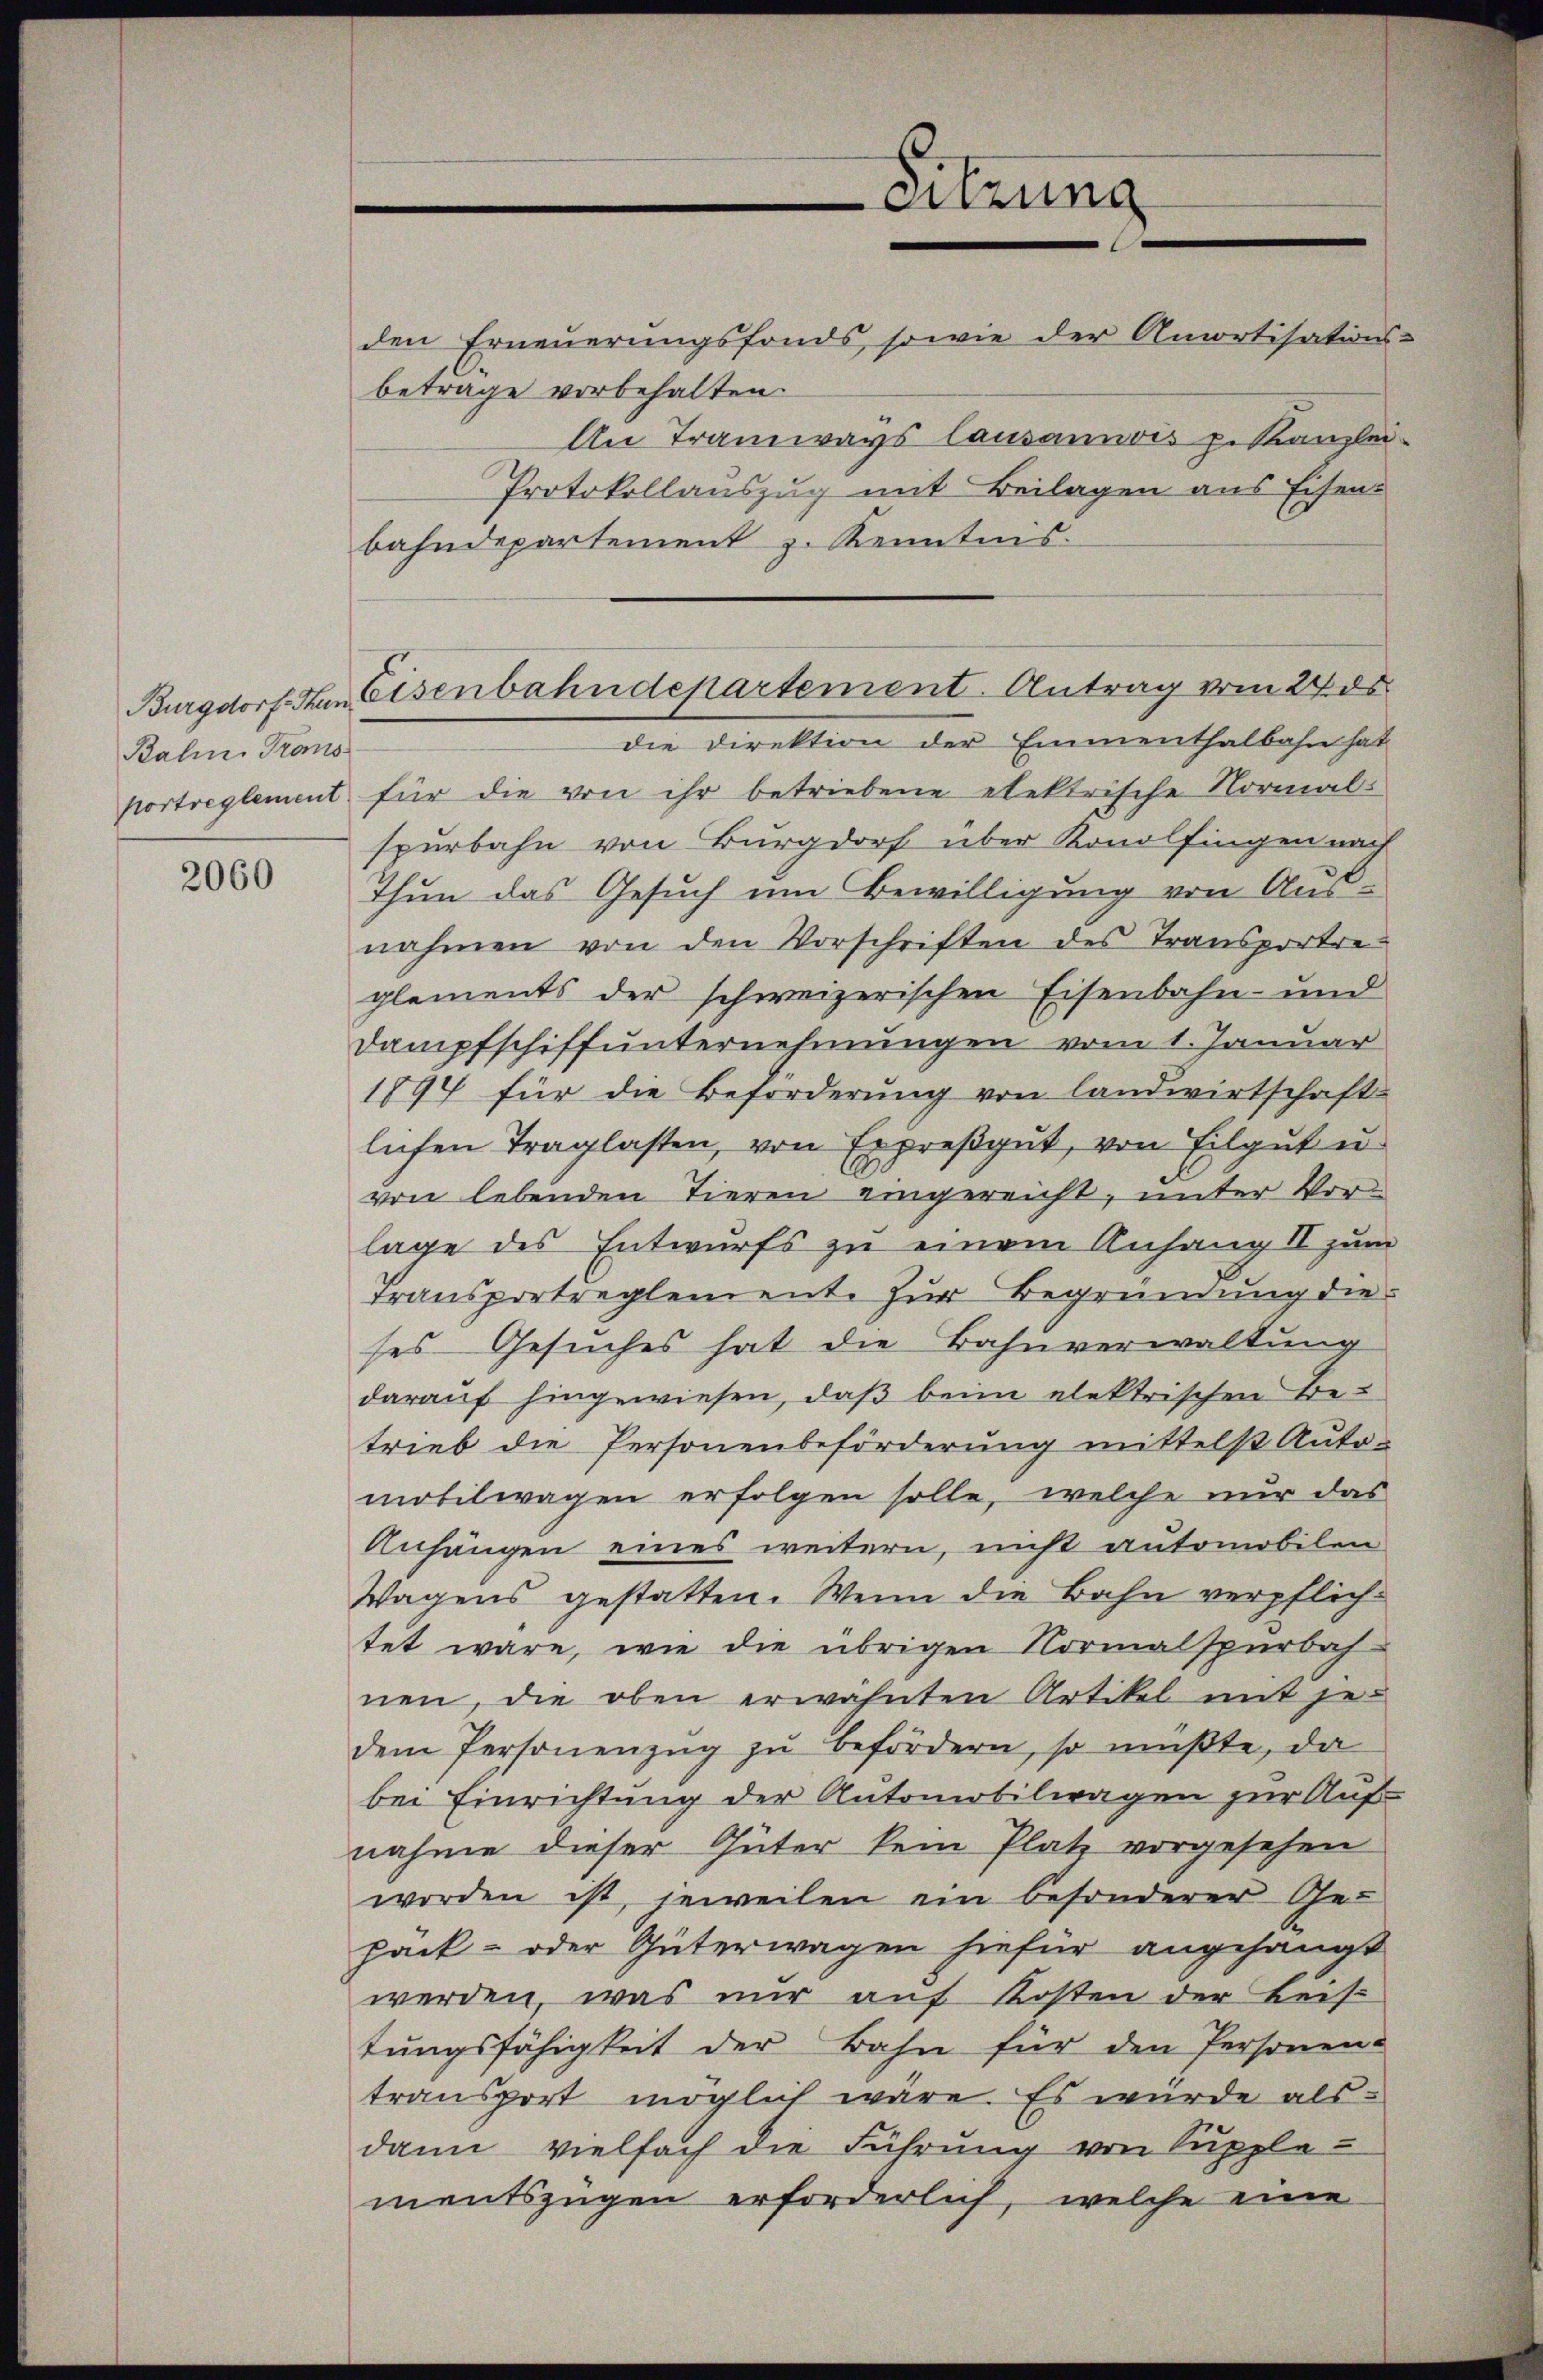
Balin Tros

2060

den Erneuerungsfonds, sowie der Amortisations-
betrage vorbehalten.
An Tramways Causannois p. Kanzlei
Protokollauszug mit Beilagen aus Eisenbahndepartement z. Kenntnis.
die Direktion der Emmenthalbahn hat
portreglement für die von ihr betriebene elektrische Normal-
spurbahn von Burgdorf über Konolfingen nach
Thun das Gesuch um Bewilligung von Ausnahmen von den Vorschriften des Transportreglements der schweizerischen Eisenbahn- und
Dampfschiffunternehmungen vom 1. Januar
1897 für die Beförderŭng von landwirtschaft-
lichen Traglasten, von Erpreßgut, von Eilgut u.
von lebenden Tieren eingereicht, unter Vorlage des Entwurfs zu einem Anhang II zum
transportreglement. zur Begründung dieses Gesuches hat die Bahnverwaltung
darauf hingewiesen, daß beim elektrischen Betrieb die Personenbeförderung mittelst Auto-
mobilwagen erfolgen solle, welche nur das
Anhängen eines weitern, nicht automobilen
Wagens gestatten. Wenn die Bahn verpflichtet wäre, wie die übrigen Normalspurbah
nen, die oben erwähnten Artikel mit jedem Personenzŭg zŭ befördern, so müßte, da
bei Einrichtung der Automobilwagen zur Aufnahme dieser Güter kein Platz vorgesehen
worden ist, jeweilen ein besonderer Ge-
pack- oder Güterwagen hiefür angehängt
werden, was nur auf Kosten der Beis
tŭngsfähigkeit der Bahn für den Personen-
transport möglich wäre. Es würde als
dann vielfach die Führŭng von Supple
mentszügen erforderlich, welche eine

Burgdorf. Han Eisenbahndepartement. Antrag vom 24. ds.

-Sitzung

e

"